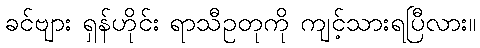
ခင်ဗျား ရှန်ဟိုင်း ရာသီဥတုကို ကျင့်သားရပြီလား။